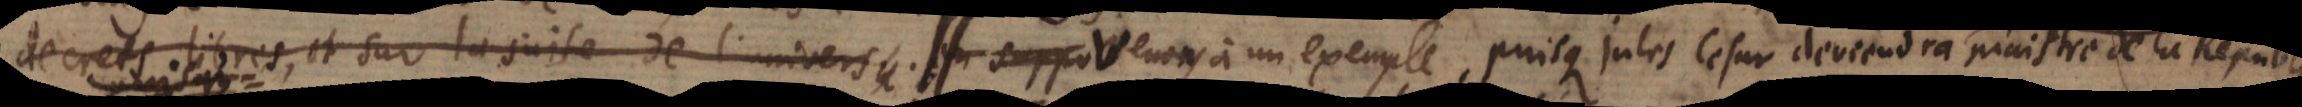
decrets libres, et sur la suite de l’univers. Venons à un exemple, puisque Jules Cesar deviendra Dictateur perpetuel